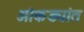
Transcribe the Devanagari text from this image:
आंकड्यांत